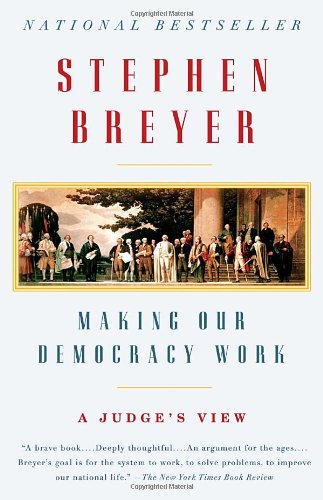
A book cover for Making Our Democracy Work: A Judge's View; Stephen Breyer; Law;